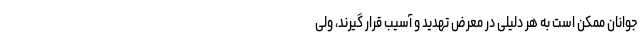
جوانان ممکن است به هر دلیلی در معرض تهدید و آسیب قرار گیرند، ولی